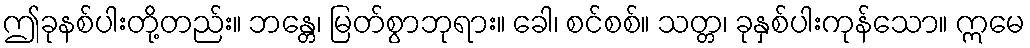
ဤခုနစ်ပါးတို့တည်း။ ဘန္တေ၊ မြတ်စွာဘုရား။ ခေါ၊ စင်စစ်။ သတ္တ၊ ခုနှစ်ပါးကုန်သော။ ဣမေ